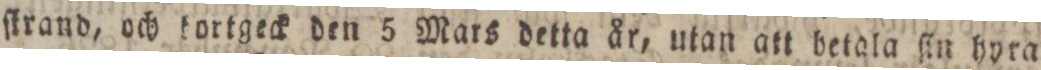
ſtrand, och tortgeck den 5 Mars detta år, utan att betala ſin hyra